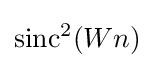
\operatorname {sinc} ^{2}(Wn)